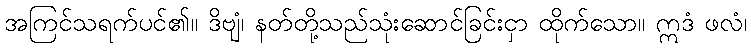
အကြင်သရက်ပင်၏။ ဒိဗျံ၊ နတ်တို့သည်သုံးဆောင်ခြင်းငှာ ထိုက်သော။ ဣဒံ ဖလံ၊